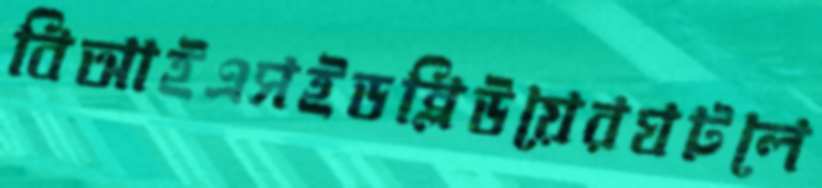
বিআইএসইডব্লিউয়েরঘটলে